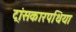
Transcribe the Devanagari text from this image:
ट्रांसकारपथिया